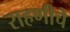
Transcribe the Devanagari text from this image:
राहणीचे